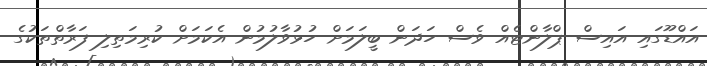
އައްޑޫގައި އައިސް ޕްލާންޓެއް ވެސް ހަދަން ބީލަމަށް ހުޅުވާލުމުން އެކަމަށް ކުރިމަތިލި ފަރާތްތަކުގެ